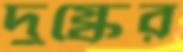
দুষ্কের